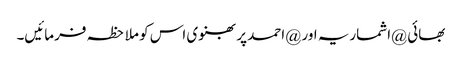
بھائی @اشماریہ اور @احمد پربھنوی اس کو ملاحظہ فرمائیں۔